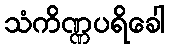
သံကိဏ္ဏပရိခေါ